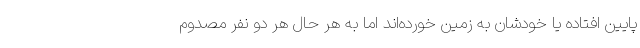
پایین افتاده یا خودشان به زمین خورده‌اند اما به هر حال هر دو نفر مصدوم